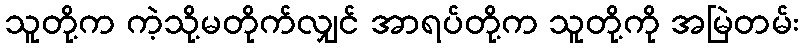
သူတို့က ကဲ့သို့မတိုက်လျှင် အာရပ်တို့က သူတို့ကို အမြဲတမ်း